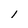
Character: 1